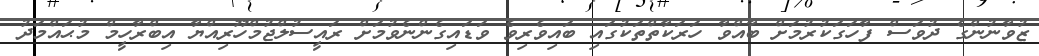
ޒުވާނުންގެ ދުވަސް ފާހަގަކުރުމަށް ބާއްވާ ހަރަކާތްތަކުގައި ބައިވެރިވެ ވަޑައިގެންނެވުމަށް ރައީސުލްޖުމްހޫރިއްޔާ އިބްރާހީމް މުޙައްމަދު